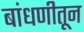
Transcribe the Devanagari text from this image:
बांधणीतून